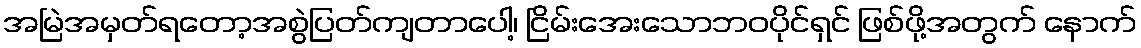
အမြဲအမှတ်ရတော့အစွဲပြတ်ကျတာပေါ့၊ ငြိမ်းအေးသောဘဝပိုင်ရှင် ဖြစ်ဖို့အတွက် နောက်